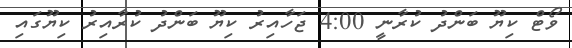
ވޯޓް ކިޔޫ ބަންދު ކުރާނީ 4:00 ޖަހާއިރު ކިޔޫ ބަންދު ކުރާއިރު ކިޔޫގައި